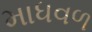
માધવળ